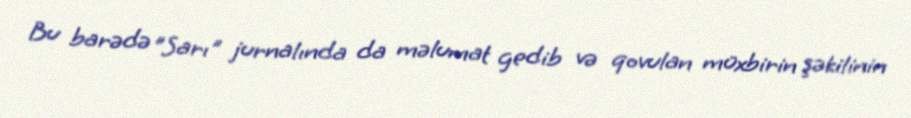
Bu barədə ”Sarı" jurnalında da məlumat gedib və qovulan müxbirin şəkilinin